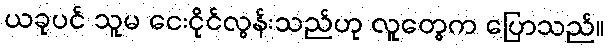
ယခုပင် သူမ ငေးငိုင်လွန်းသည်ဟု လူတွေက ပြောသည်။